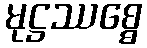
မုဋ္ဌဿစ္စေ